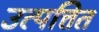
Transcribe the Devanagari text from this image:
उत्पत्तित